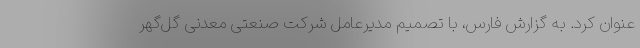
عنوان کرد. به گزارش فارس، با تصمیم مدیرعامل شرکت صنعتی معدنی گل‌گهر